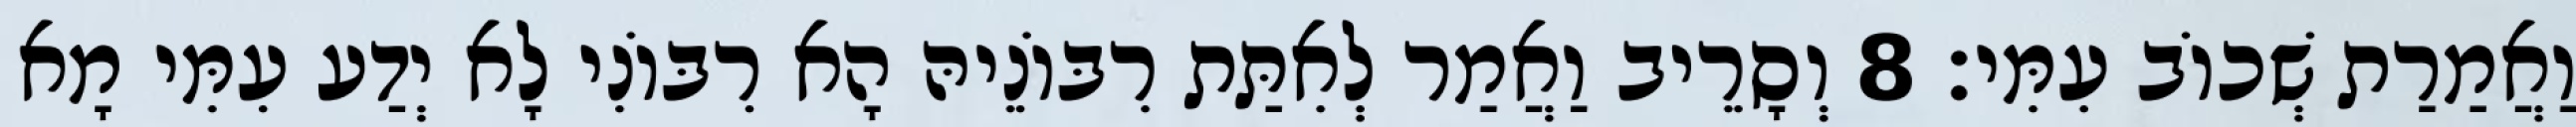
וַאֲמַרַת שְׁכוֹב עִמִּי׃ 8 וְסָרֵיב וַאֲמַר לְאִתַּת רִבּוֹנֵיהּ הָא רִבּוֹנִי לָא יְדַע עִמִּי מָא